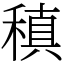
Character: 稹